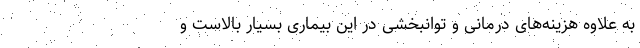
به علاوه هزینه‌های درمانی و توانبخشی در این بیماری بسیار بالاست و